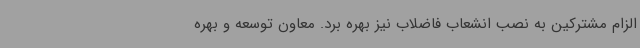
الزام مشترکین به نصب انشعاب فاضلاب نیز بهره برد. معاون توسعه و بهره